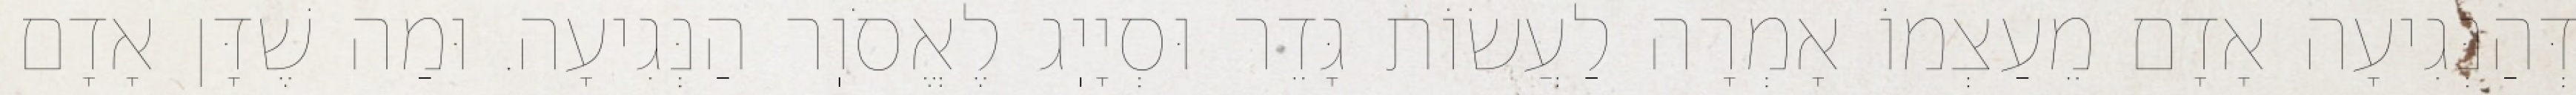
דְּהַנְּגִיעָה אָדָם מֵעַצְמוֹ אָמְרָה לַעֲשׂוֹת גָּדֵר וּסְיָיֽג לֶאֱסֹוֽר הַנְּגִיעָה. וּמַה שֶׁדָּן אָדָם